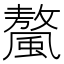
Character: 𩘮